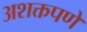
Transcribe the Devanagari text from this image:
अशक्तपणे